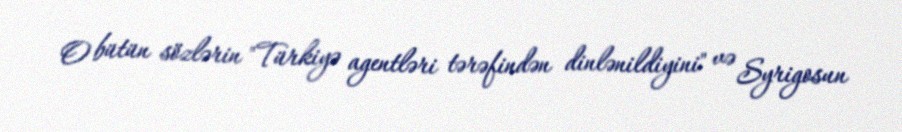
O bütün sözlərin "Türkiyə agentləri tərəfindən dinlənildiyini" və Syrigosun